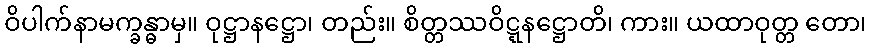
ဝိပါက်နာမက္ခန္ဓာမှ။ ဝုဋ္ဌာနဋ္ဌော၊ တည်း။ စိတ္တဿဝိဋ္ဋနဋ္ဌောတိ၊ ကား။ ယထာဝုတ္တ တော၊